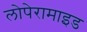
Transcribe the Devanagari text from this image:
लोपेरामाइड